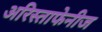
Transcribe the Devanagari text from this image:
अरिस्ताफेनीज